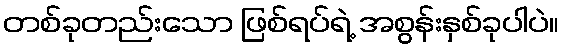
တစ်ခုတည်းသော ဖြစ်ရပ်ရဲ့ အစွန်းနှစ်ခုပါပဲ။